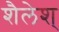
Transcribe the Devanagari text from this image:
शैलेश्